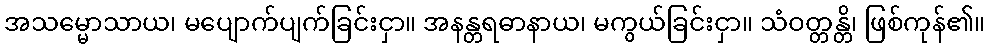
အသမ္မောသာယ၊ မပျောက်ပျက်ခြင်းငှာ။ အနန္တရဓာနာယ၊ မကွယ်ခြင်းငှာ။ သံဝတ္တန္တိ၊ ဖြစ်ကုန်၏။